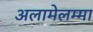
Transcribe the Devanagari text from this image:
अलामेलम्मा